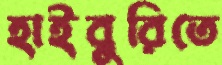
হাইবুরিতে